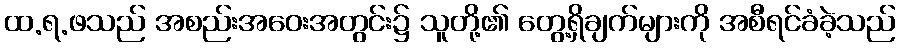
ထ.ရ.ဖသည် အစည်းအဝေးအတွင်း၌ သူတို့၏ တွေ့ရှိချက်များကို အစီရင်ခံခဲ့သည်